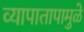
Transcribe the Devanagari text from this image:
व्यापातापामुळे